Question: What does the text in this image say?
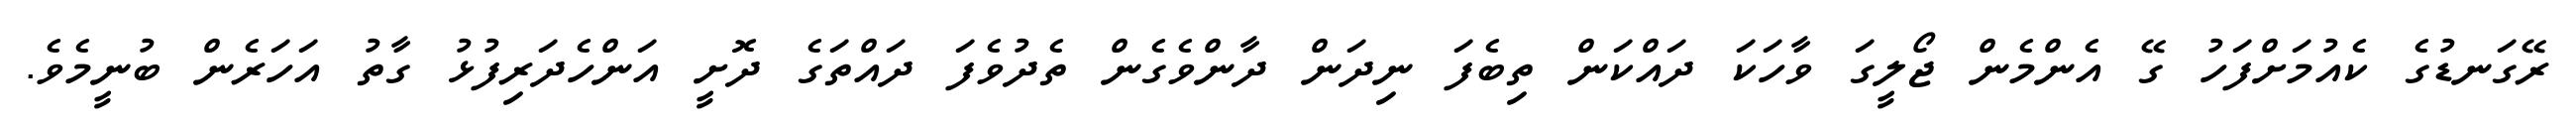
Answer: ރޭގަނޑުގެ ކެއުމަށްފަހު ގޭ އެންމެން ޖޯލީގަ ވާހަކަ ދައްކަން ތިބެފަ ނިދަން ދާންވެގެން ތެދުވެފަ ދައްތަގެ ދޮށީ އަންހެދަރިފުޅު ގާތު އަހަރެން ބުނީމެވެ.